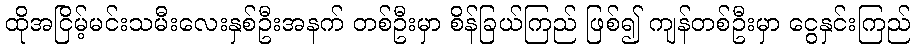
ထိုအငြိမ့်မင်းသမီးလေးနှစ်ဦးအနက် တစ်ဦးမှာ စိန်ခြယ်ကြည် ဖြစ်၍ ကျန်တစ်ဦးမှာ ငွေနှင်းကြည်